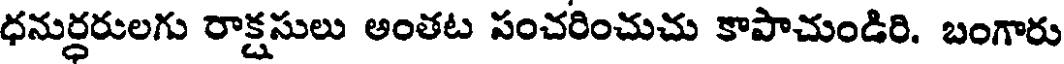
ధనుర్ధరులగు రాక్షసులు అంతట పంచరించుచు కాపాచుండిరి. బంగారు